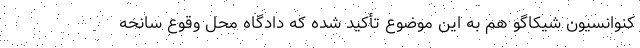
کنوانسیون شیکاگو هم به این موضوع تأکید شده که دادگاه محل وقوع سانحه